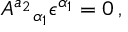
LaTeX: A ^ { a _ { 2 } } { } _ { \alpha _ { 1 } } \epsilon ^ { \alpha _ { 1 } } = 0 \, ,